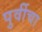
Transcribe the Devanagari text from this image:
पुर्वीचा